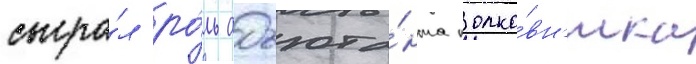
сыгра́л ро́ль адъюта́нта полко́вн'ика